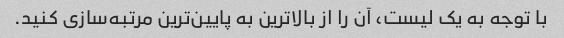
با توجه به یک لیست، آن را از بالاترین به پایین‌ترین مرتبه‌سازی کنید.